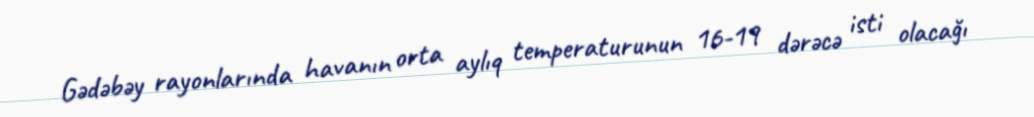
Gədəbəy rayonlarında havanın orta aylıq temperaturunun 16-19 dərəcə isti olacağı